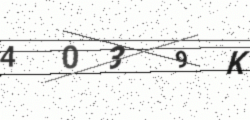
Text: 4039K